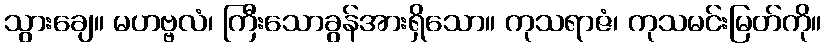
သွားချေ။ မဟဗ္ဗလံ၊ ကြီးသောခွန်အားရှိသော။ ကုသရာဇံ၊ ကုသမင်းမြတ်ကို။